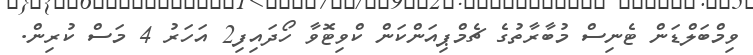
ވިމްބަލްޑަން ޓެނިސް މުބާރާތުގެ ޗެމްޕިއަންކަން ކްވިޓޮވާ ހޯދައިފި2 އަހަރު 4 މަސް ކުރިން.